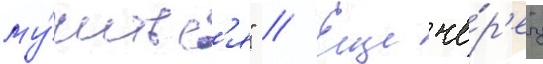
му́читьс'я" // Еще че́р'ез